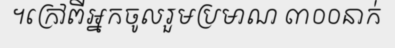
។ក្រៅពីអ្នកចូលរួមប្រមាណ ៣០០នាក់